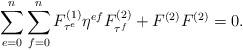
LaTeX: \begin{align*}\sum_{e=0}^n \sum_{f=0}^nF_{\tau^e}^{(1)}\eta^{ef}F_{\tau^f}^{(2)}+F^{(2)}F^{(2)}=0.\end{align*}